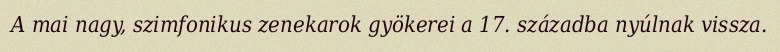
A mai nagy, szimfonikus zenekarok gyökerei a 17. századba nyúlnak vissza.